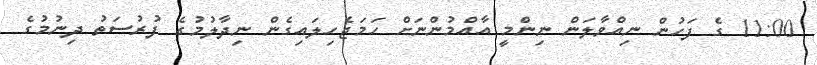
11:00 ގެ ފަހުން ނިއްވާލަން ނިންމީ އާއްމުންނަށް ހަމަޖެހިލައިގެން ނިދާލުމުގެ ފުރުސަތު ދިނުމުގެ